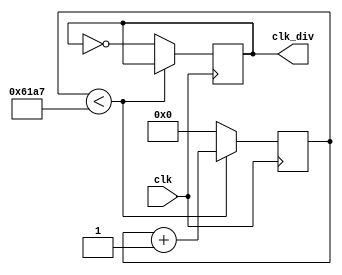
// Clock Divider
// Function: Reduce the frequency from 50MHz to 1000Hz. The output signal serves as the global clock.
// State: Finshed

module CLK_Divider(
    input clk,
    output reg clk_div
    );
    
    parameter NUM_DIV = 50000; //50MHz to 1000Hz
    reg [14:0] cnt;
    
    always@(posedge clk)
    begin
        if(cnt < NUM_DIV / 2 - 1) cnt <= cnt + 1;
        else begin
            cnt <= 0;
            clk_div <= ~clk_div;
        end
    end
endmodule